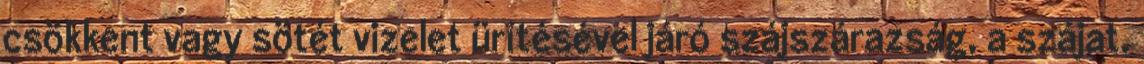
csökkent vagy sötét vizelet ürítésével járó szájszárazság, a szájat,